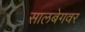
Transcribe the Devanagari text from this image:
सालबेगवर